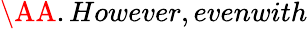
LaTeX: \AA.However,evenwith